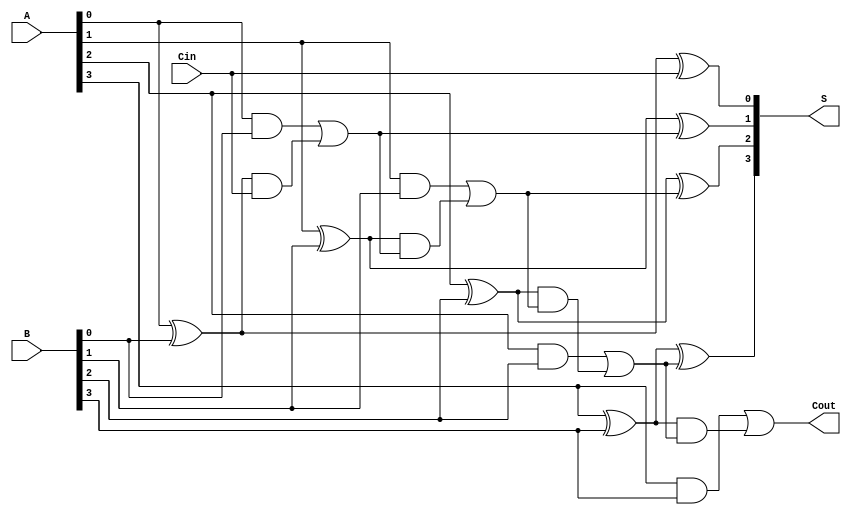
module CILA #(parameter n = 4) (
    input  wire [n-1:0] A,      // First n-bit input
    input  wire [n-1:0] B,      // Second n-bit input
    input  wire Cin,             // Carry-in input
    output wire [n-1:0] S,       // n-bit sum output
    output wire Cout             // Carry-out output
);

    // Internal signals for Generate (G) and Propagate (P)
    wire [n-1:0] G;  // Generate signals
    wire [n-1:0] P;  // Propagate signals
    wire [n:0] C;    // Carry signals

    // Generate and propagate logic
    genvar i;
    generate
        for (i = 0; i < n; i = i + 1) begin: gen_prop
            assign G[i] = A[i] & B[i];         // Generate
            assign P[i] = A[i] ^ B[i];         // Propagate
        end
    endgenerate

    // Carry signals calculation
    assign C[0] = Cin;  // C[0] = Cin

    generate
        for (i = 0; i < n; i = i + 1) begin: carry_logic
            assign C[i + 1] = G[i] | (P[i] & C[i]); // Carry calculation
        end
    endgenerate

    // Sum calculation
    generate
        for (i = 0; i < n; i = i + 1) begin: sum_logic
            assign S[i] = P[i] ^ C[i]; // Sum calculation
        end
    endgenerate

    // Carry-out output
    assign Cout = C[n];  // Final carry-out

endmodule